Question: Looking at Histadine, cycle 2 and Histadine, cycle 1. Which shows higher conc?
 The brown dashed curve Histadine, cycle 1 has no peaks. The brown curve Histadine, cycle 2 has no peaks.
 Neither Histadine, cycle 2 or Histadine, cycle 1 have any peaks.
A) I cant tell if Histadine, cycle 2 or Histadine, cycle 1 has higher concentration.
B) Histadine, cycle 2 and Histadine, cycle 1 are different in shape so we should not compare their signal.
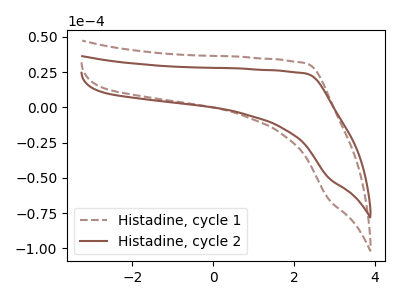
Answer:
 <answer>A) I cant tell if "Histadine, cycle 2" or "Histadine, cycle 1" has higher concentration.</answer>
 <eval>A</eval>